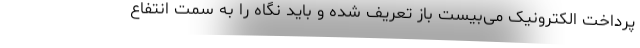
پرداخت الکترونیک می‌بیست باز تعریف شده و باید نگاه را به سمت انتفاع